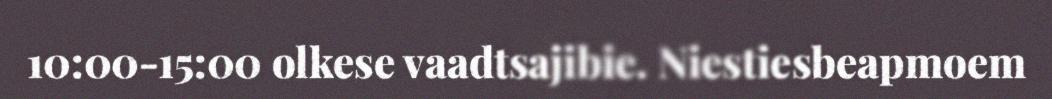
10:00-15:00 olkese vaadtsajibie. Niestiesbeapmoem